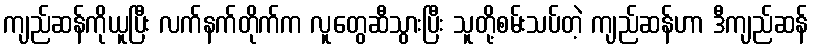
ကျည်ဆန်ကိုယူပြီး လက်နက်တိုက်က လူတွေဆီသွားပြီး သူတို့စမ်းသပ်တဲ့ ကျည်ဆန်ဟာ ဒီကျည်ဆန်